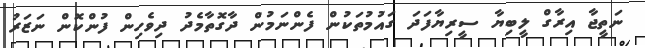
ނަތީޖާ އިރާގް ލީބިޔާ ސީރިޔާފަދަ ގައުމުތަކުން ފެންނަމުން ދާގޮތާމެދު ދިވެހިން ފުންކޮން ނަޒަރު